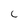
Character: C